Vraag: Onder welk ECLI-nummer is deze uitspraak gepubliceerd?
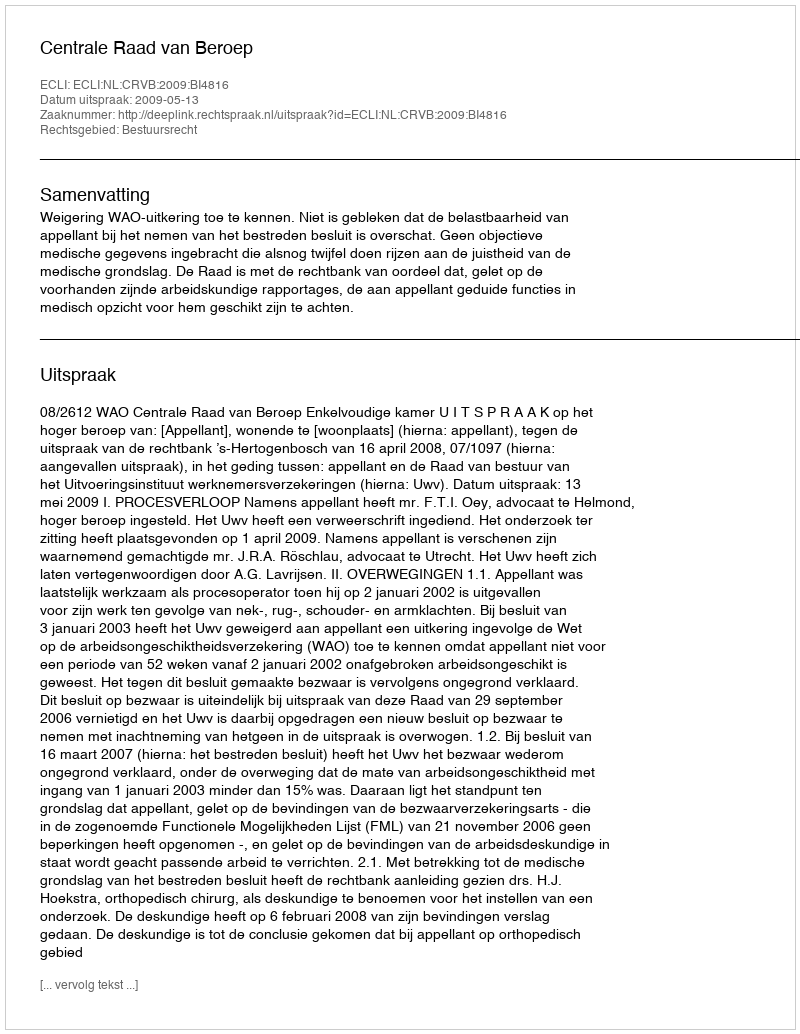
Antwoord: ECLI:NL:CRVB:2009:BI4816